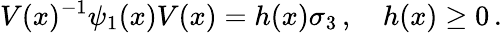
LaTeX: V(x)^{-1}\psi_{1}(x)V(x)=h(x)\sigma_{3}\, ,\quad h(x)\geq 0\, .